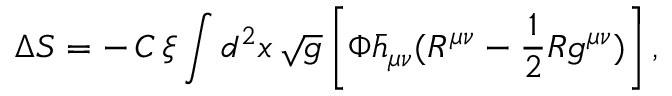
\Delta S = - \, C \, \xi \int d ^ { 2 } x \, \sqrt { g } \left[ \Phi \bar { h } _ { \mu \nu } ( R ^ { \mu \nu } - \frac { 1 } { 2 } R g ^ { \mu \nu } ) \right] ,